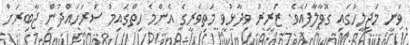
ވަނީ މަޖިލީހުގައި ގޮވާލާފައެވެ. ޒަރީރު ވިދާޅުވީ މަތިވެރީގެ އެންމެ ހިތްގައިމު ސަރަހައްދުން ޖާބިރަށް